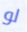
لو